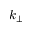
k _ { \perp }